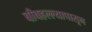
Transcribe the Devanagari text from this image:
बाँबहल्ल्यापासून